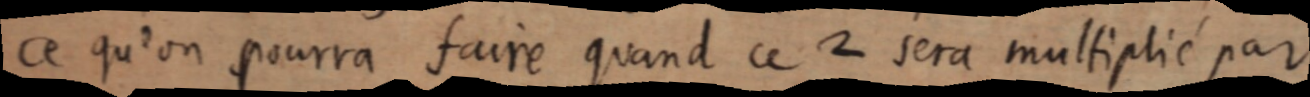
ce qu’un pourra faire quand ce 2 sera multiplié par